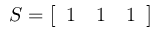
S = { \left[ \begin{array} { l l l } { 1 } & { 1 } & { 1 } \end{array} \right] }